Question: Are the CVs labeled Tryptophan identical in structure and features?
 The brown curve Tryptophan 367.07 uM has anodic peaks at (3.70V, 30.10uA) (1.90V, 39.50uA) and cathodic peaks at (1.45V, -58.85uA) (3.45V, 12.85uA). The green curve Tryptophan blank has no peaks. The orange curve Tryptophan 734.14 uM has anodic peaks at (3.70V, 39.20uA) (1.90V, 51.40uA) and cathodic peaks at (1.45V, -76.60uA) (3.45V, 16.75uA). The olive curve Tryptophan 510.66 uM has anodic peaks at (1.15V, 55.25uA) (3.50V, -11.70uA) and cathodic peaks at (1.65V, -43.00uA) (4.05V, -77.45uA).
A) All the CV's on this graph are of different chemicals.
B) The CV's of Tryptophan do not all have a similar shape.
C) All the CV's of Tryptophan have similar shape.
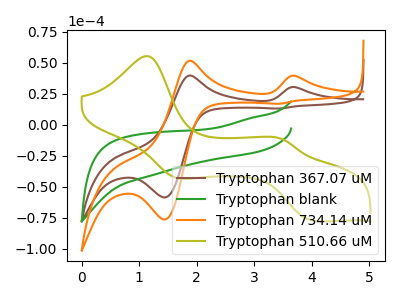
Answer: <think>"Tryptophan 367.07 uM" and "Tryptophan blank" have a different number of peaks. All the peaks in "Tryptophan 367.07 uM" have a peak in "Tryptophan 734.14 uM" at the same potential. "Tryptophan 367.07 uM" and "Tryptophan 510.66 uM" have at least one peak that do not match. "Tryptophan blank" and "Tryptophan 734.14 uM" have a different number of peaks. "Tryptophan blank" and "Tryptophan 510.66 uM" have a different number of peaks. "Tryptophan 734.14 uM" and "Tryptophan 510.66 uM" have at least one peak that do not match.
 </think>
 <answer>C) All the CV's of "Tryptophan" have similar shape.</answer>
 <eval>C</eval>